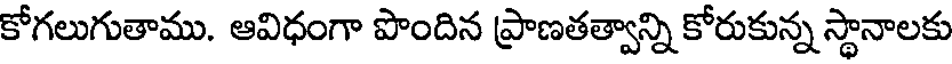
కోగలుగుతాము. ఆవిధంగా పొందిన ప్రాణతత్వాన్ని కోరుకున్న స్థానాలకు